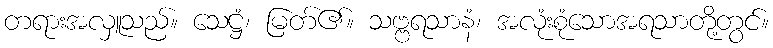
တရားအလှူသည်။ သေဋ္ဌံ၊ မြတ်၏။ သဗ္ဗရသာနံ၊ အလုံးစုံသောအရသာတို့တွင်။